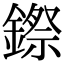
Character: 𮢻